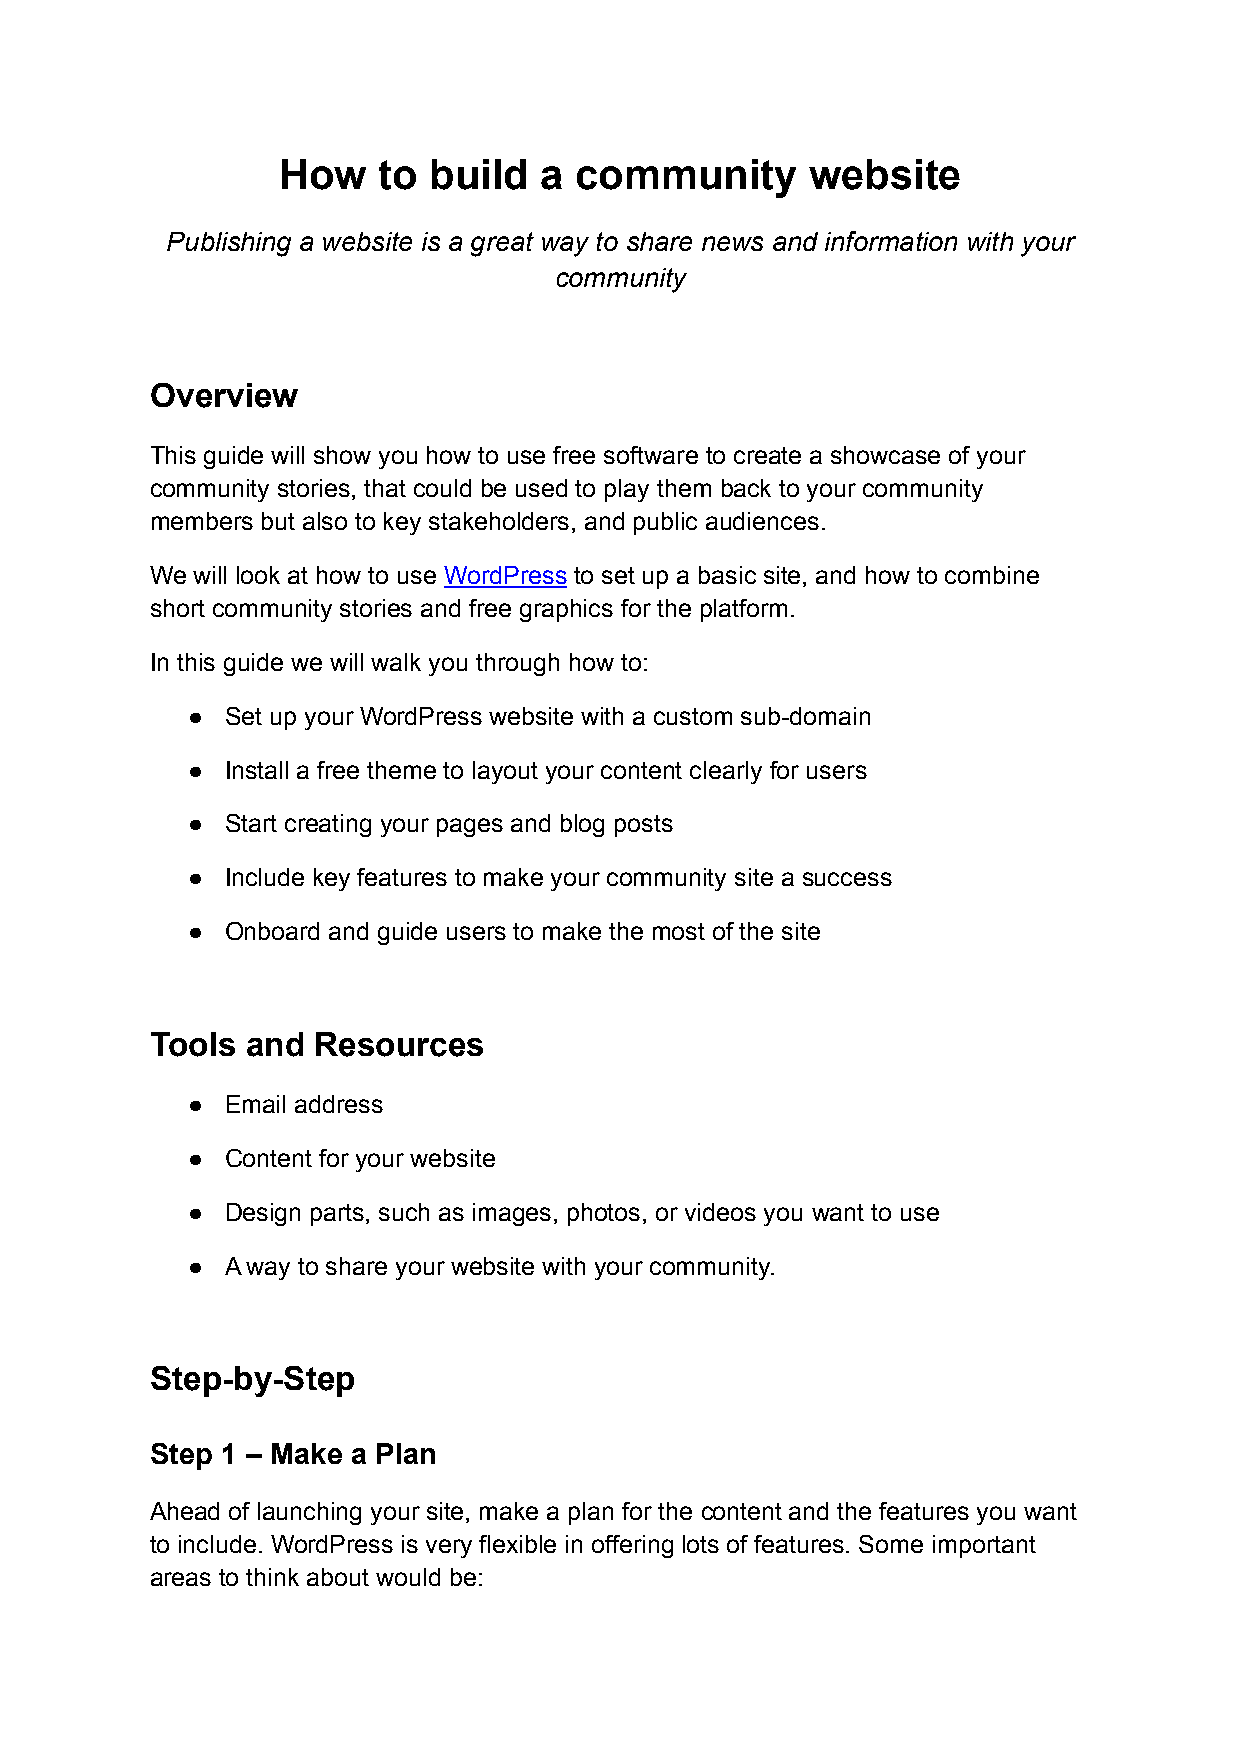
How    to build   a community       website
 Publishing a website is a great way to share news and information with your
 community
 Overview
 This guide will show you how to use free software to create a showcase of your
 community stories, that could be used to play them back to your community
 members but also to key stakeholders, and public audiences.
 We will look at how to use WordPress to set up a basic site, and how to combine
 short community stories and free graphics for the platform.
 In this guide we will walk you through how to:
 ●  Set up your WordPress website with a custom sub-domain
 ●  Install a free theme to layout your content clearly for users
 ●  Start creating your pages and blog posts
 ●  Include key features to make your community site a success
 ●  Onboard and guide users to make the most of the site
 Tools and  Resources
 ●  Email address
 ●  Content for your website
 ●  Design parts, such as images, photos, or videos you want to use
 ●  A way to share your website with your community.
 Step-by-Step
 Step 1 – Make a Plan
 Ahead of launching your site, make a plan for the content and the features you want
 to include. WordPress is very flexible in offering lots of features. Some important
 areas to think about would be: